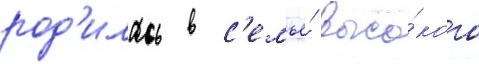
род'илась в с'емье́ высо́кого